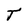
Character: J